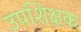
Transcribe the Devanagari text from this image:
उपशिक्षक